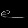
Digit: ၉